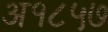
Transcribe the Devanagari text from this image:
अ१८५७